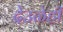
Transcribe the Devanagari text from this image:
देउळेही